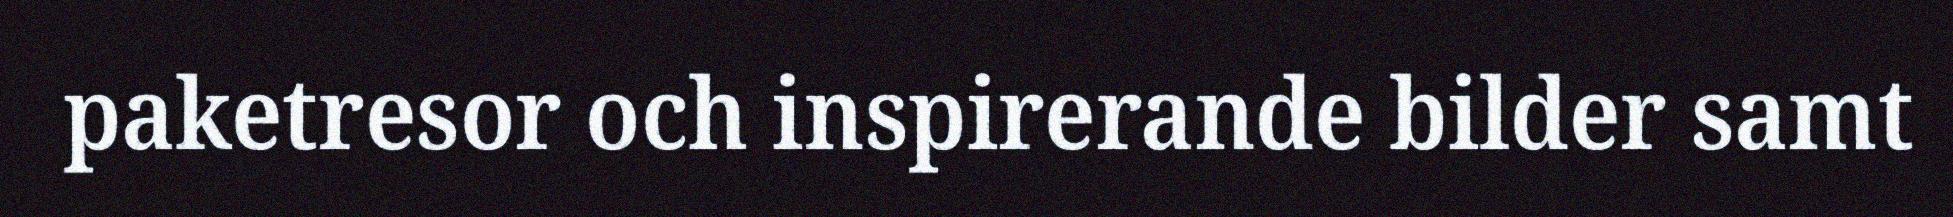
paketresor och inspirerande bilder samt